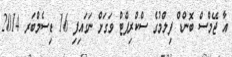
އާ ޖޭމްސް ބޮންޑް ފިލްމުގެ ސްކްރިޕްޓް ވަގަށް ނަގައިފި 16 ޑިސެމްބަރ 2014